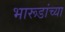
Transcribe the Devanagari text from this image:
भारूडांच्या